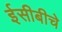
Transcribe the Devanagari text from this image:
ईसीबीचे